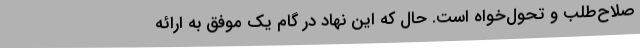
صلاح‌طلب و تحول‌خواه است. حال که این نهاد در گام یک موفق به ارائه